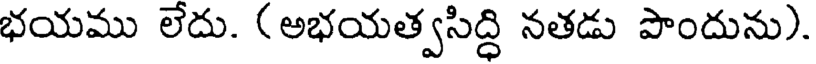
భయము లేదు. (అభయత్వసిద్ధి నతడు పొందును).